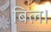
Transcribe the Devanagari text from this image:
बिल।